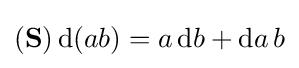
(\mathbf {S} )\,\mathrm {d} (ab)=a\,\mathrm {d} b+\mathrm {d} a\,b